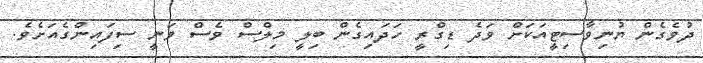
ދުވެގެން ޔުނިވާސިޓީއަކަށް ވަދެ ޑިގްރީ ހަދައިގެން ބިލީ މިލްސް ވެސް ވަނީ ސިފައިންގެއަށެވެ.